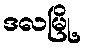
ဒလမြို့